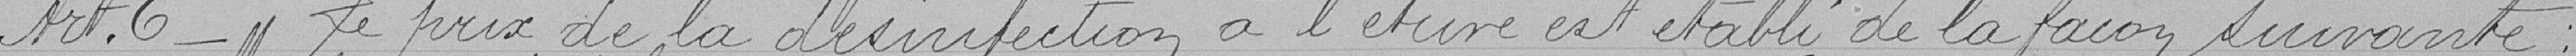
Article 6 - Le prix de la désinfection à l'étuve est établi de la façon suivante :